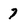
Character: 7